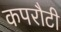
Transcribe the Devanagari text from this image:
कपरौटी